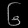
Digit: ၆